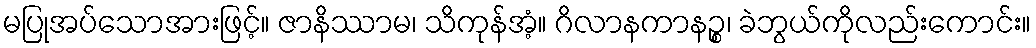
မပြုအပ်သောအားဖြင့်။ ဇာနိဿာမ၊ သိကုန်အံ့။ ဂိလာနကာနဉ္စ၊ ခဲဘွယ်ကိုလည်းကောင်း။